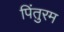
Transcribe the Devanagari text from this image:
पिंतुरम